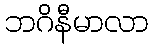
ဘဂိနီမာလာ